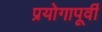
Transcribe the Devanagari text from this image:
प्रयोगापूर्वी